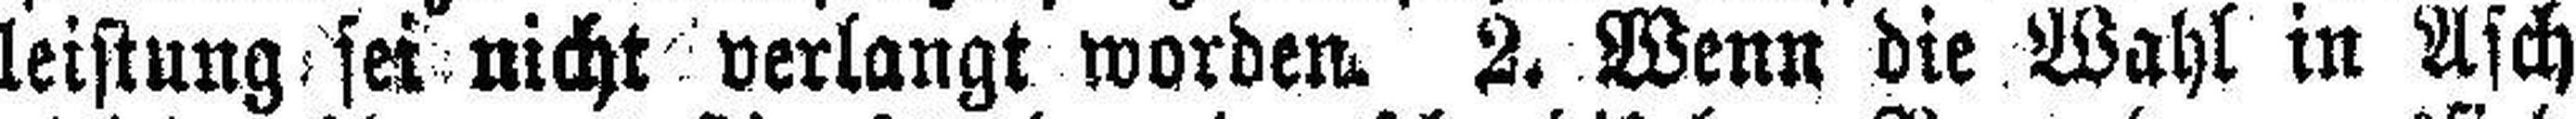
leistung sei nicht verlangt worden. 2. Wenn die Wahl in Asch